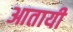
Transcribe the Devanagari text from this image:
आतायी